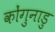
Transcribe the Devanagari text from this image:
कोंगुनाडु